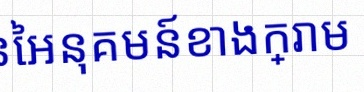
គណនាលីមីតនៃអនុគមន៍ខាងក្រោម